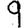
Digit: 9